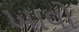
ખાવો